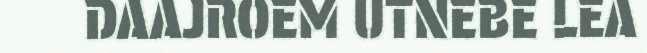
DAAJROEM UTNEBE LEA